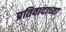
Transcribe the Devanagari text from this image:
प्रतिवादाच्या